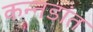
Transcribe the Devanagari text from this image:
कन्नडांत